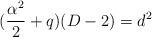
LaTeX: \begin{align*}(\frac{\alpha ^{2}}{2}+q )(D -2)=d^{2} \end{align*}